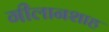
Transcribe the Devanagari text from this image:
गीलानशाह